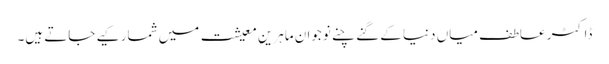
ڈاکٹر عاطف میاں دنیا کے گنے چنے نوجوان ماہرینِ معیشت میں شمار کیے جاتے ہیں۔